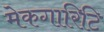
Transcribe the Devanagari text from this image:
मेकगारिटि